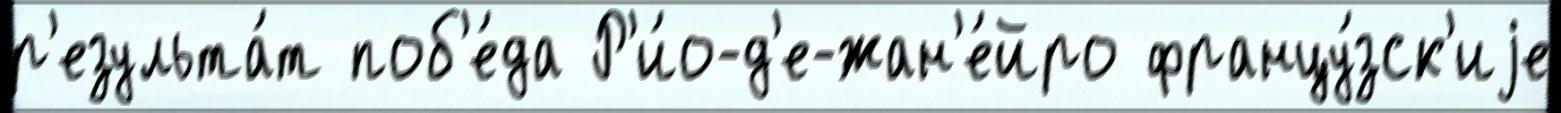
р'езульта́т поб'е́да Р'и́о-д'е-жан'е́йро францу́зск'иjе